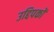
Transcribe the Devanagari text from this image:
उद्दिपकों